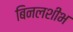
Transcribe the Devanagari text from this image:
बिनलशीभ